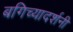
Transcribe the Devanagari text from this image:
बगिच्यादर्शनी